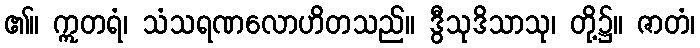
၏။ ဣတရံ၊ သံသရဏလောဟိတသည်။ ဒွီသုဒိသာသု၊ တို့၌။ ဇာတံ၊